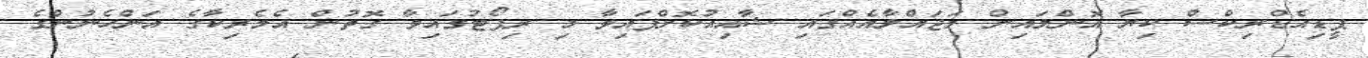
ޕީޑިއެޑްރިކްސް ކިޔާ އޮންލައިން މަޖައްލާއެއްގައި ޝާއިއުކޮށްފައިވާ މި ރިޕޯޓުގައިވާ ގޮތުން އެމެރިކާގެ އަންހެނުންގެ